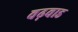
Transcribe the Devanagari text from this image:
वढ़वाड